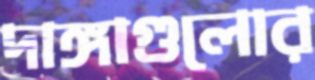
দাঙ্গাগুলোর